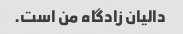
دالیان زادگاه من است.